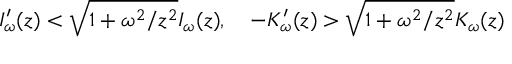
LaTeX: I _ { \omega } ^ { \prime } ( z ) < \sqrt { 1 + \omega ^ { 2 } / z ^ { 2 } } I _ { \omega } ( z ) , \quad - K _ { \omega } ^ { \prime } ( z ) > \sqrt { 1 + \omega ^ { 2 } / z ^ { 2 } } K _ { \omega } ( z )